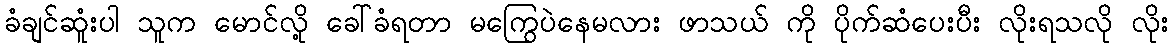
ခံချင်ဆူံးပါ သူက မောင်လို့ ခေါ်ခံရတာ မကြွေပဲနေမလား ဖာသယ် ကို ပိုက်ဆံပေးပီး လိုးရသလို လိုး